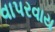
વાપરવાય